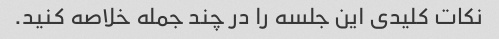
نکات کلیدی این جلسه را در چند جمله خلاصه کنید.